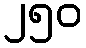
၂၅၀